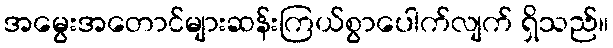
အမွေးအတောင်များဆန်းကြယ်စွာပေါက်လျက် ရှိသည်။